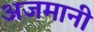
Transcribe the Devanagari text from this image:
अजमानी